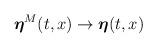
LaTeX: \begin{align*}\boldsymbol{\eta}^M(t,x) \rightarrow \boldsymbol{\eta}(t,x)\end{align*}